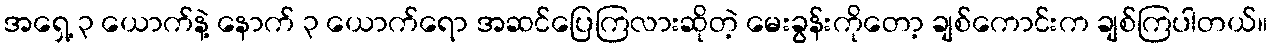
အရှေ့ ၃ ယောက်နဲ့ နောက် ၃ ယောက်ရော အဆင်ပြေကြလားဆိုတဲ့ မေးခွန်းကိုတော့ ချစ်ကောင်းက ချစ်ကြပါတယ်။